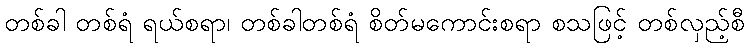
တစ်ခါ တစ်ရံ ရယ်စရာ၊ တစ်ခါတစ်ရံ စိတ်မကောင်းစရာ စသဖြင့် တစ်လှည့်စီ